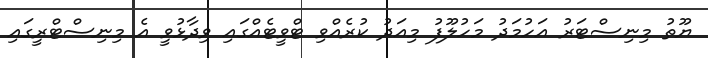
ޔޫތު މިނިސްޓަރު އަހުމަދު މަހުލޫފު މިއަދު ކުރެއްވި ޓްވީޓެއްގައި ވިދާޅުވީ އެ މިނިސްޓްރީގައި